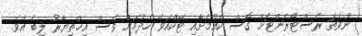
ނުވަތަ ރެސްޓޯރަންޓަށް ގޮސް ކެއުމަށާއި ޓޭކްއަވޭ ހެދުމަށް ވެސް އިޚްތިޔާރު ލިބެ އެވެ.